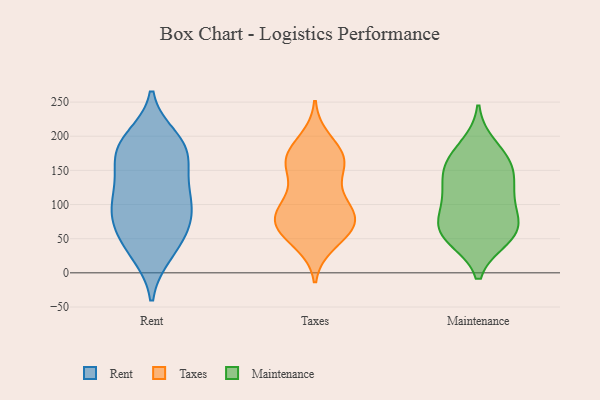
{"axis": {"x": "Churn Rate (%)", "y": "Value"}, "legend": ["Maintenance", "Rent", "Taxes"], "data": [{"x": "", "y": 54, "type": "Rent"}, {"x": "", "y": 197, "type": "Rent"}, {"x": "", "y": 100, "type": "Rent"}, {"x": "", "y": 28, "type": "Rent"}, {"x": "", "y": 58, "type": "Rent"}, {"x": "", "y": 112, "type": "Rent"}, {"x": "", "y": 134, "type": "Rent"}, {"x": "", "y": 82, "type": "Rent"}, {"x": "", "y": 86, "type": "Rent"}, {"x": "", "y": 31, "type": "Rent"}, {"x": "", "y": 127, "type": "Rent"}, {"x": "", "y": 85, "type": "Rent"}, {"x": "", "y": 185, "type": "Rent"}, {"x": "", "y": 178, "type": "Rent"}, {"x": "", "y": 157, "type": "Rent"}, {"x": "", "y": 185, "type": "Rent"}, {"x": "", "y": 181, "type": "Rent"}, {"x": "", "y": 103, "type": "Taxes"}, {"x": "", "y": 171, "type": "Taxes"}, {"x": "", "y": 169, "type": "Taxes"}, {"x": "", "y": 44, "type": "Taxes"}, {"x": "", "y": 157, "type": "Taxes"}, {"x": "", "y": 53, "type": "Taxes"}, {"x": "", "y": 103, "type": "Taxes"}, {"x": "", "y": 77, "type": "Taxes"}, {"x": "", "y": 77, "type": "Taxes"}, {"x": "", "y": 159, "type": "Taxes"}, {"x": "", "y": 79, "type": "Taxes"}, {"x": "", "y": 68, "type": "Taxes"}, {"x": "", "y": 103, "type": "Taxes"}, {"x": "", "y": 194, "type": "Taxes"}, {"x": "", "y": 150, "type": "Taxes"}, {"x": "", "y": 76, "type": "Taxes"}, {"x": "", "y": 64, "type": "Taxes"}, {"x": "", "y": 172, "type": "Taxes"}, {"x": "", "y": 119, "type": "Maintenance"}, {"x": "", "y": 105, "type": "Maintenance"}, {"x": "", "y": 146, "type": "Maintenance"}, {"x": "", "y": 65, "type": "Maintenance"}, {"x": "", "y": 115, "type": "Maintenance"}, {"x": "", "y": 73, "type": "Maintenance"}, {"x": "", "y": 54, "type": "Maintenance"}, {"x": "", "y": 186, "type": "Maintenance"}, {"x": "", "y": 166, "type": "Maintenance"}, {"x": "", "y": 77, "type": "Maintenance"}, {"x": "", "y": 50, "type": "Maintenance"}, {"x": "", "y": 162, "type": "Maintenance"}, {"x": "", "y": 54, "type": "Maintenance"}, {"x": "", "y": 148, "type": "Maintenance"}]}